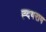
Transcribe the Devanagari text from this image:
ह्दयराम